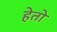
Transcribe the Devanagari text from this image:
हेतो